Report of the Indian Hemp Drugs Commission, 1894-1895 - Volume VII
Year: 1894
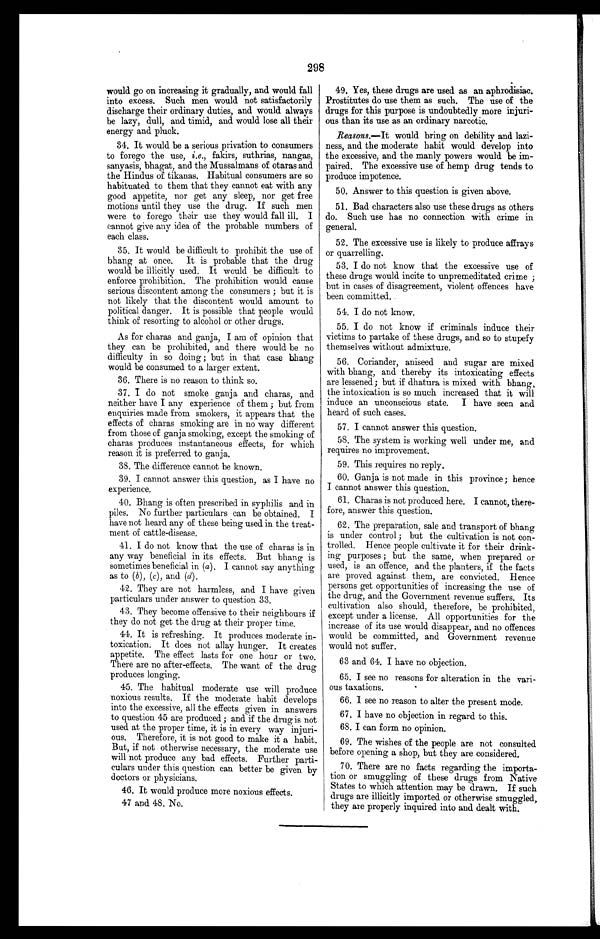
298
would go on increasing it gradually, and would fall
into excess. Such men would not satisfactorily
discharge their ordinary duties, and would always
be lazy, dull, and timid, and would lose all their
energy and pluck.
34. It would be a serious privation to consumers
to forego the use, i.e ., fakirs, suthrias, nangas,
sanyasis, bhagat, and the Mussalmans of otaras and
the Hindus of tikanas. Habitual consumers are so
habituated to them that they cannot eat with any
good appetite, nor get any sleep, nor get free
motions until they use the drug. If such men
were to forego their use they would fall ill. I
cannot give any idea of the probable numbers of
each class.
35. It would be difficult to prohibit the use of
bhang at once. It is probable that the drug
would be illicitly used. It would be difficult to
enforce prohibition. The prohibition would cause
serious discontent among the consumers; but it is
not likely that the discontent would amount to
political danger. It is possible that people would
think of resorting to alcohol or other drugs.
As for charas and ganja, I am of opinion that
they can be prohibited, and there would be no
difficulty in so doing; but in that case bhang
would be consumed to a larger extent.
36. There is no reason to think so.
37.
I do not smoke ganja and charas, and
neither have I any experience of them; but from
enquiries made from smokers, it appears that the
effects of charas smoking are in no way different
from those of ganja smoking, except the smoking of
charas produces instantaneous effects, for which
reason it is preferred to ganja.
38. The difference cannot be known.
39. I cannot answer this question, as I have no
experience.
40. Bhang is often prescribed in syphilis and in
piles. No further particulars can be obtained. I
have not heard any of these being used in the treat-
ment of cattle-disease.
41. I do not know that the use of charas is in
any way beneficial in its effects. But bhang is
sometimes beneficial in ( a ). I cannot say anything
as to ( b ), (c), and ( d).
42. They are not harmless, and I have given
particulars under answer to question 33.
43. They become offensive to their neighbours if
they do not get the drug at their proper time.
44. It is refreshing. It produces moderate in-
toxication. It does not allay hunger. It creates
appetite. The effect lasts for one hour or two.
There are no after-effects. The want of the drug
produces longing.
45. The habitual moderate use will produce
noxious results. If the moderate habit develops
into the excessive, all the effects given in answers
to question 45 are produced; and if the drug is not
used at the proper time, it is in every way injuri--
ous. Therefore, it is not good to make it a habit.
But, if not otherwise necessary, the moderate u s e
will not produce any bad effects. Further parti--
culars under this question can better be given by
doctors or physicians.
46. It would produce more noxious effects.
47.
and 48. No.
49. Yes, these drugs are used as an aphrodisiac.
Prostitutes do use them as such. The use of the
drugs for this purpose is undoubtedly more injuri-
ous than its use as an ordinary narcotic.
Reasons.—It would bring on debility and lazi-
ness, and the moderate habit would develop into
the excessive, and the manly powers would be im-
paired. The excessive use of hemp drug tends to
produce impotence.
50. Answer to this question is given above.
51. Bad characters also use these drugs as others
do. Such use has no connection with crime in
general.
52. The excessive use is likely to produce affrays
or quarrelling.
53. I do not know that the excessive use of
these drugs would incite to unpremeditated crime;
but in cases of disagreement, violent offences have
been committed.
54. I do not know.
55. I do not know if criminals induce their
victims to partake of these drugs, and so to stupefy
themselves without admixture.
56. Coriander, aniseed and sugar are mixed
with bhang, and thereby its intoxicating effects
are lessened; but if dhatura is mixed with bhang,
the intoxication is so much increased that it will
induce an unconscious state. I have seen and
heard of such cases.
57. I cannot answer this question.
58. The system is working well under me, and
requires no improvement.
59. This requires no reply.
60. Ganja is not made in this province; hence
I cannot answer this question.
61. Charas is not produced here. I cannot, there--
fore, answer this question.
62. The preparation, sale and transport of bhang
is under control; but the cultivation is not con-
trolled. Hence people cultivate it for their drink--
ing purposes; but the same, when prepared or
used, is an offence, and the planters, if the facts
are proved against them, are convicted. Hence
persons get opportunities of increasing the use of
the drug, and the Government revenue suffers. Its
cultivation also should, therefore, be prohibited,
except under a license. All opportunities for the
increase of its use would disappear, and no offences
would be committed, and Government revenue
would not suffer.
63 and 64. I have no objection.
65. I see no reasons for alteration in the vari
-ous taxations.
66. I see no reason to alter the present mode.
67. I have no objection in regard to this.
68. I can form no opinion.
69. The wishes of the people are not consulted
before opening a shop, but they are considered.
70. There are no facts regarding the importa-
tion or smuggling of these drugs from Native
States to which attention may be drawn. If such
drugs are illicitly imported or otherwise smuggled,
they are properly inquired into and dealt with.